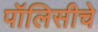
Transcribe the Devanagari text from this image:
पॉलिसीचे